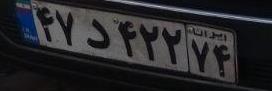
۴۷د۴۲۲۷۴